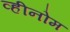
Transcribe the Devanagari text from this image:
व्हीनोम